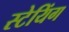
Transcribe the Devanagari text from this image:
स्टेयिंग